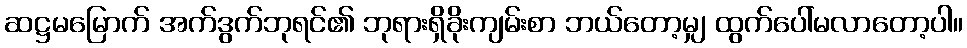
ဆဋ္ဌမမြောက် အက်ဒွက်ဘုရင်၏ ဘုရားရှိခိုးကျမ်းစာ ဘယ်တော့မျှ ထွက်ပေါ်မလာတော့ပါ။